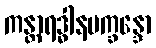
ကန္တာရဒ္ဓါနပက္ခန္ဒော